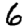
Digit: 6